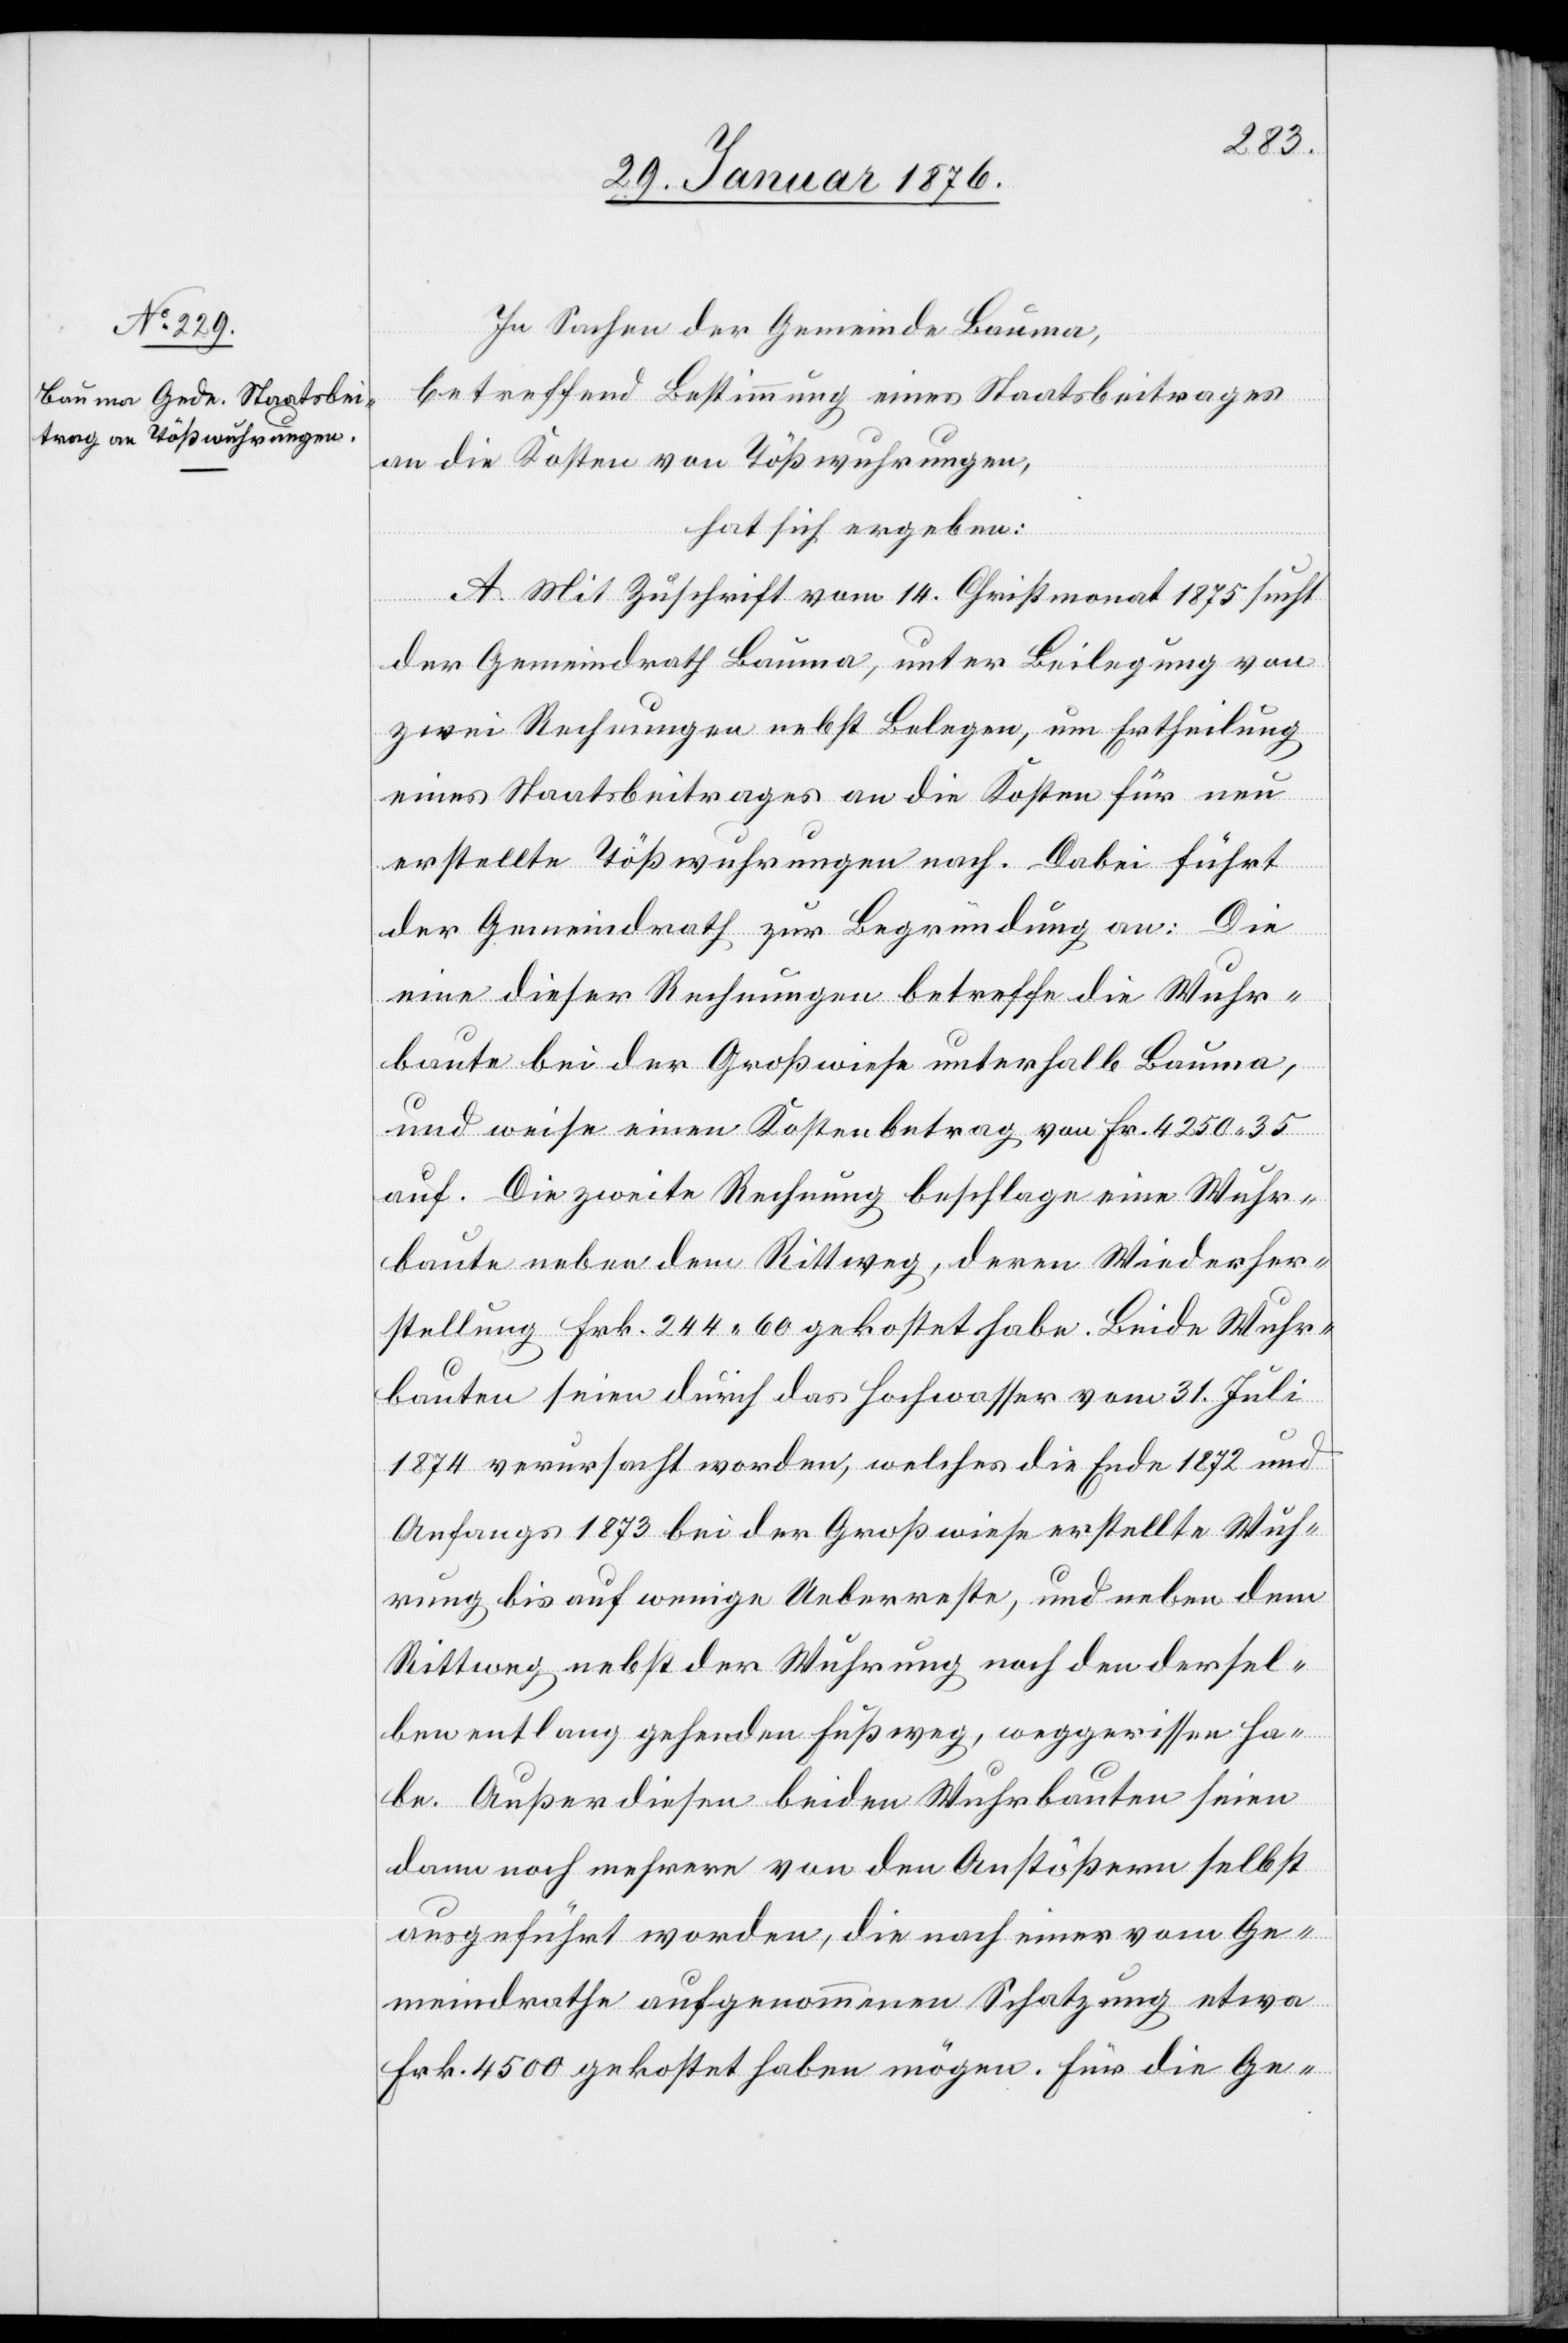
In Sachen der Gemeinde Bauma,
betreffend Bestimmung eines Staatsbeitrages
an die Kosten von Tößwuhrungen,
hat sich ergeben:
A. Mit Zuschrift vom 14. Christmonat 1875 sucht
der Gemeindrath Bauma, unter Beilegung von
zwei Rechnungen nebst Belegen, um Ertheilung
eines Staatsbeitrages an die Kosten für neu
erstellte Tößwuhrungen nach. Dabei führt
der Gemeindrath zur Begründung an: Die
eine dieser Rechnungen betreffe die Wuhr¬
baute bei der Großwiese unterhalb Bauma,
und weise einen Kostenbetrag von Fr. 4250.35
auf. Die zweite Rechnung beschlage eine Wuhr¬
baute neben dem Rittweg, deren Wiederher¬
stellung Frk. 244.60 gekostet habe. Beide Wuhr¬
bauten seien durch das Hochwasser vom 31. Juli
1874 verursacht worden, welches die Ende 1872 und
Anfangs 1873 bei der Großwiese erstellte Wuh¬
rung bis auf wenige Ueberreste, und neben dem
Rittweg nebst der Wuhrung noch den dersel¬
ben entlang gehenden Fußweg, weggerissen ha¬
be. Außer diesen beiden Wuhrbauten seien
dann noch mehrere von den Anstößern selbst
ausgeführt worden, die nach einer vom Ge¬
meindrathe aufgenommenen Schatzung etwa
Frk. 4500 gekostet haben mögen. Für die Ge-